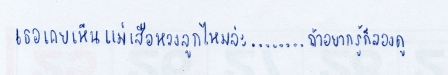
"เธอเคยเห็นแม่เสือหวงลูกไหมล่ะ........ถ้าอยากรู้ก็ลองดู